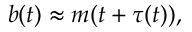
b ( t ) \approx m ( t + \tau ( t ) ) ,